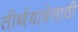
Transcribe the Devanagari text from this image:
तीर्थयात्रेसाठी